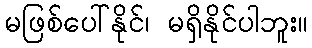
မဖြစ်ပေါ်နိုင်၊ မရှိနိုင်ပါဘူး။